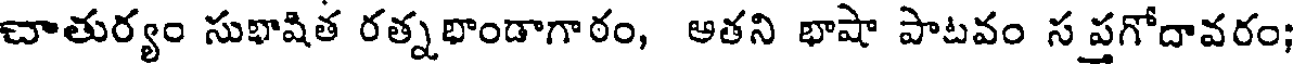
చాతుర్యం సుభాషిత రత్నభాండాగాఠం, అతని భాషా పాటవం స ప్రగోదావరం;